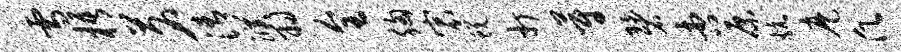
雪梧茗清濮羽全胸宸蜕打蔚碧杏原炕麾愿